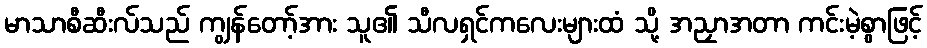
မာသာစီဆီးလ်သည် ကျွန်တော့်အား သူ၏ သီလရှင်ကလေးများထံ သို့ အညှာအတာ ကင်းမဲ့စွာဖြင့်